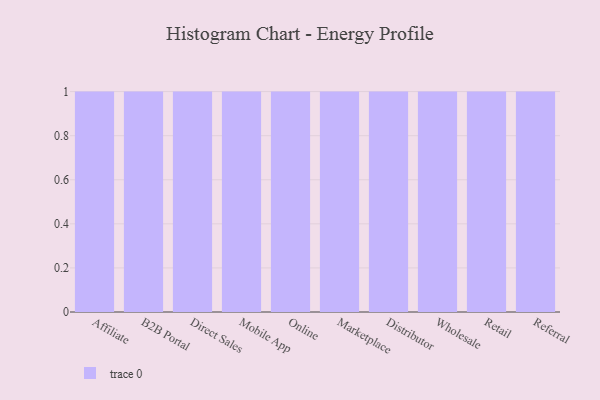
{"axis": {"x": "Channel", "y": "Gross Profit (USD K)"}, "legend": [""], "data": [{"x": "Affiliate", "y": 50, "type": ""}, {"x": "B2B Portal", "y": 45, "type": ""}, {"x": "Direct Sales", "y": 59, "type": ""}, {"x": "Mobile App", "y": 28, "type": ""}, {"x": "Online", "y": 8, "type": ""}, {"x": "Marketplace", "y": 75, "type": ""}, {"x": "Distributor", "y": 75, "type": ""}, {"x": "Wholesale", "y": 76, "type": ""}, {"x": "Retail", "y": 26, "type": ""}, {"x": "Referral", "y": 82, "type": ""}]}